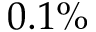
0 . 1 \%